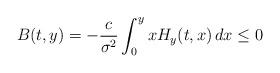
LaTeX: \begin{align*} B(t,y)=-\frac{c}{\sigma^2}\int_0^yx H_y(t,x) \,dx \leq0\end{align*}